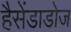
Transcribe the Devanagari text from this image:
हैसेंडाडोज